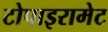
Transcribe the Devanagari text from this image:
टोपाइरामेट